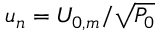
u _ { n } = U _ { 0 , m } / \sqrt { P _ { 0 } }